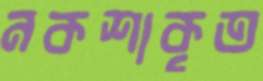
নকশাকৃত